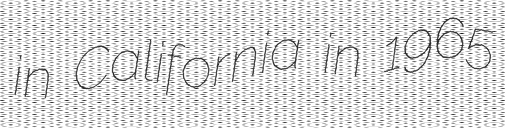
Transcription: in California in 1965